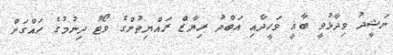
ނަޝީދު ވިދާޅުވީ ބާޣީ ވަހީދާއި އަބްދު ރިޔާޒް ރައްޔިތުންގެ ވޯޓު ދިނުމުގެ ހައްގަށް